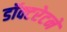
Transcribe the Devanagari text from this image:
डॉक्टरेटने